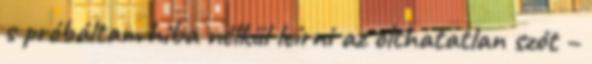
s próbáltam hiba nélkül leírni az olthatatlan szót –